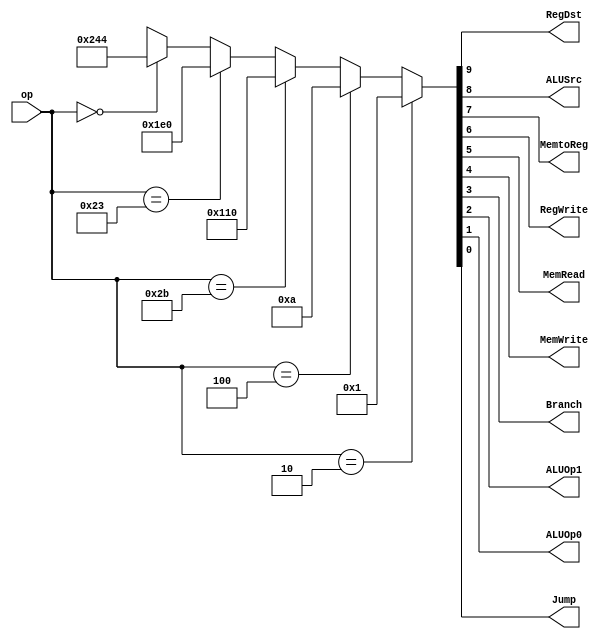
module Controller(op, RegDst, ALUSrc, MemtoReg, RegWrite, MemRead, MemWrite, Branch, ALUOp1, ALUOp0, Jump);
input [5:0] op;
output RegDst, ALUSrc, MemtoReg, RegWrite, MemRead, MemWrite, Branch, ALUOp1, ALUOp0, Jump;

	function [9:0] out;
		input [5:0] in;
		begin

		if ( in == 6'b000000 ) 
			out = 10'b1001000100;
		if ( in == 6'b100011 )
			out = 10'b0111100000;
		if ( in == 6'b101011 )
			out = 10'b0100010000;
		if ( in == 6'b000100 )
			out = 10'b0000001010;
		if ( in == 6'b000010 )
			out = 10'b0000000001;

	end
	endfunction

	assign {RegDst, ALUSrc, MemtoReg, RegWrite, MemRead, MemWrite, Branch, ALUOp1, ALUOp0, Jump} = out(op);
endmodule